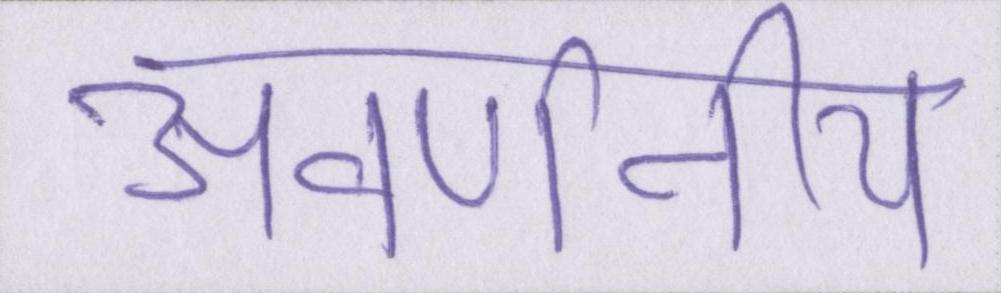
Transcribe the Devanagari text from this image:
अवर्णनीय